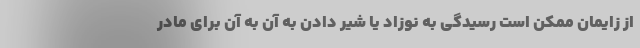
از زایمان ممکن است رسیدگی به نوزاد یا شیر دادن به آن به آن برای مادر